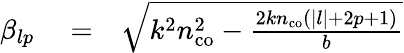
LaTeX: \begin{array}{rlr}{\beta_{lp}}&{{}=}&{\sqrt{k^{2}n_{\mathrm{co}}^{2}-\frac{2kn_{\mathrm{co}}(|l|+2p+1)}{b}}}\end{array}